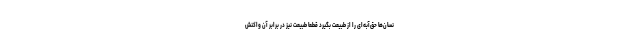
نسان‌ها حق‌آبه‌ای را از طبیعت بگیرد قطعا طبیعت نیز در برابر آن واکنش